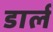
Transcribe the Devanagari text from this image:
डार्ल